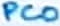
Text: PC0